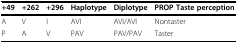
| +49 | +262 | +296 | Haplotype | Diplotype | PROP Taste perception |
 | --- | --- | --- | --- | --- | --- |
 | A | V | I | AVI | AVI/AVI | Nontaster |
 | P | A | V | PAV | PAV/PAV | Taster |